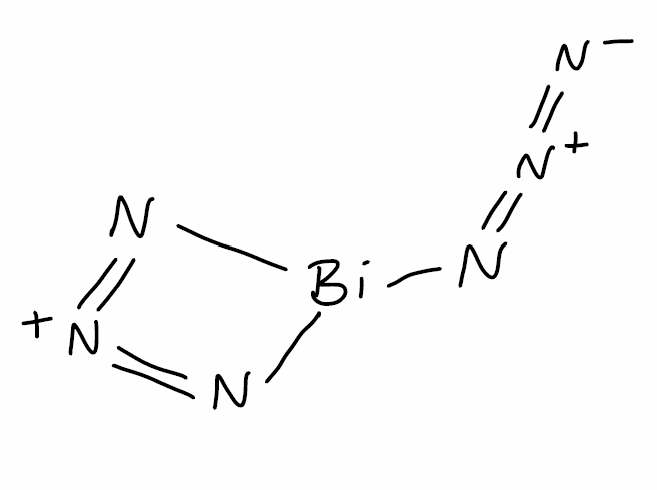
Simplified molecular-input line-entry system (SMILES) notation of the given molecule:
[N-]=[N+]=N[Bi]1N=[N+]=N1